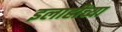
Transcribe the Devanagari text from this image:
इलाहींच्या